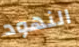
النهود